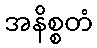
အနိစ္စတံ